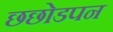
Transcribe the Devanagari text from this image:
छछोडपन